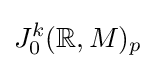
J_{0}^{k}({\mathbb {R} },M)_{p}